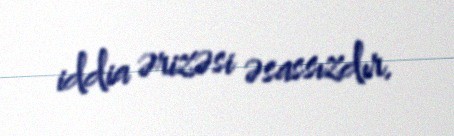
iddia ərizəsi əsassızdır.